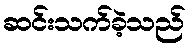
ဆင်းသက်ခဲ့သည်